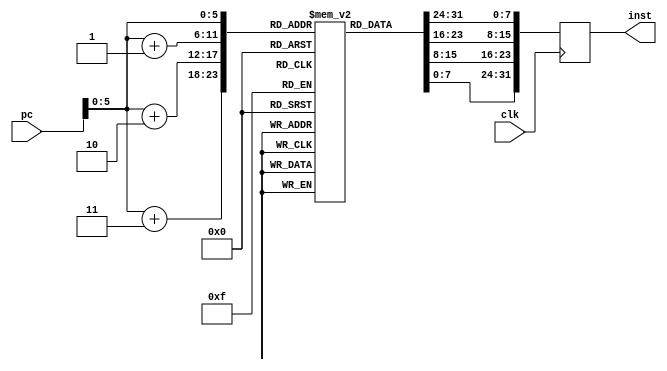
`timescale 1ns / 1ps
//////////////////////////////////////////////////////////////////////////////////
// Company: 
// Engineer: 
// 
// Design Name: 
// Module Name: im
// Project Name: 
// Target Devices: 
// Tool Versions: 
// Description: 
// 
// Dependencies: 
// 
// Revision:
// Revision 0.01 - File Created
// Additional Comments:
// 
//////////////////////////////////////////////////////////////////////////////////
module im(input[31:0]pc,input clk,output reg[31:0]inst);
reg[7:0]im[63:0];
initial
    begin
    im[0]=8'b00001010;
    im[1]=8'b00001010;
    im[2]=8'b00101010;
    im[3]=8'b00001010;
    im[4]=8'b00001010;
    im[5]=8'b00001011;
    im[6]=8'b01001010;
    im[7]=8'b00101010;
    im[8]=8'b00001010;
    im[9]=8'b01001010;
    im[10]=8'b00001010;
    im[11]=8'b00001010;
    im[12]=8'b00101010;
    im[13]=8'b00001010;
    im[14]=8'b00001010;
    im[15]=8'b00001010;
    im[16]=8'b01001010;
    im[17]=8'b00101010;
    im[18]=8'b00001010;
    im[19]=8'b01001010;
    im[20]=8'b00001010;
    im[21]=8'b00001010;
    im[22]=8'b00001010;
    im[23]=8'b00001010;
    im[24]=8'b01101010;
    im[25]=8'b00001010;
    im[26]=8'b01001010;
    im[27]=8'b00101010;
    end
always@(posedge clk)
inst={im[pc],im[pc+1],im[pc+2],im[pc+3]};
endmodule